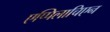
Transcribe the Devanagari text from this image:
एप्पिलाचिएन